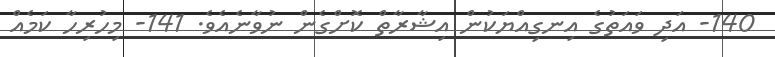
140- އަދި ވައަތުގެ އިނގިއްޔަކުން އިޝާރާތް ކޮށްގެން ނުވާނެއެވެ. 141- މިހުރިހާ ކަމެއް